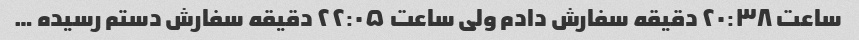
ساعت ۲۰:۳۸ دقیقه سفارش دادم ولی ساعت ۲۲:۰۵ دقیقه سفارش دستم رسیده …